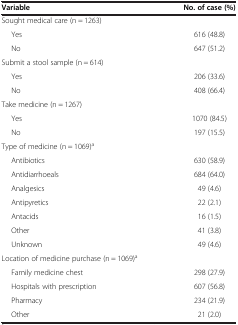
<table><thead><tr><td><b>Variable</b></td><td><b>No. of case (%)</b></td></tr></thead><tbody><tr><td>Sought medical care (n = 1263)</td><td> </td></tr><tr><td>Yes</td><td>616 (48.8)</td></tr><tr><td>No</td><td>647 (51.2)</td></tr><tr><td>Submit a stool sample (n = 614)</td><td> </td></tr><tr><td>Yes</td><td>206 (33.6)</td></tr><tr><td>No</td><td>408 (66.4)</td></tr><tr><td>Take medicine (n = 1267)</td><td> </td></tr><tr><td>Yes</td><td>1070 (84.5)</td></tr><tr><td>No</td><td>197 (15.5)</td></tr><tr><td>Type of medicine (n = 1069)<sup>a</sup></td><td> </td></tr><tr><td>Antibiotics</td><td>630 (58.9)</td></tr><tr><td>Antidiarrhoeals</td><td>684 (64.0)</td></tr><tr><td>Analgesics</td><td>49 (4.6)</td></tr><tr><td>Antipyretics</td><td>22 (2.1)</td></tr><tr><td>Antacids</td><td>16 (1.5)</td></tr><tr><td>Other</td><td>41 (3.8)</td></tr><tr><td>Unknown</td><td>49 (4.6)</td></tr><tr><td>Location of medicine purchase (n = 1069)<sup>a</sup></td><td> </td></tr><tr><td>Family medicine chest</td><td>298 (27.9)</td></tr><tr><td>Hospitals with prescription</td><td>607 (56.8)</td></tr><tr><td>Pharmacy</td><td>234 (21.9)</td></tr><tr><td>Other</td><td>21 (2.0)</td></tr></tbody></table>